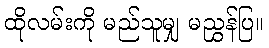
ထိုလမ်းကို မည်သူမျှ မညွှန်ပြ။